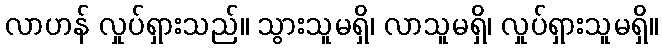
လာဟန် လှုပ်ရှားသည်။ သွားသူမရှိ၊ လာသူမရှိ၊ လှုပ်ရှားသူမရှိ။